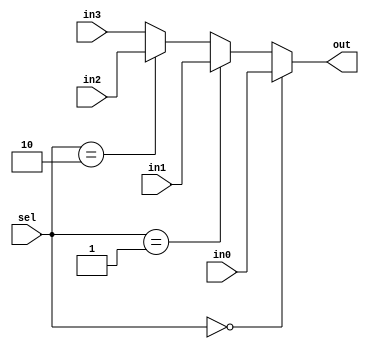
module FourPortMux(sel, in0, in1, in2, in3, out);
	parameter WIDTH = 32;
	input[1:0] sel;
	input[WIDTH-1:0] in0, in1, in2, in3;
	output[WIDTH-1:0] out;
	
	assign out = sel == 2'b00 ? in0 :
					 sel == 2'b01 ? in1 :
					 sel == 2'b10 ? in2 :
					 in3;
endmodule